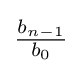
{\tfrac {b_{n-1}}{b_{0}}}